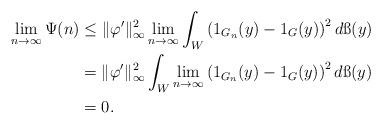
LaTeX: \begin{align*}\begin{aligned}\lim_{n\rightarrow \infty} \Psi(n)& \leq \|\varphi'\|_\infty^2\lim_{n\rightarrow \infty} \int_W \left(1_{G_n}(y)-1_G(y)\right)^2 d\ss(y) \\ &=\|\varphi'\|_\infty^2 \int_W\lim_{n\rightarrow \infty} \left(1_{G_n}(y)-1_G(y)\right)^2 d\ss(y) \\&=0. \end{aligned}\end{align*}